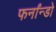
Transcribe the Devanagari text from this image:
फर्नांन्डो